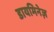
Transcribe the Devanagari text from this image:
डायमिनेज़